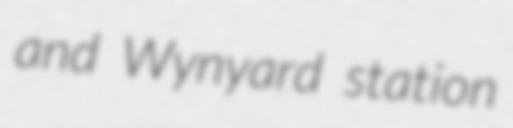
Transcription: and Wynyard station